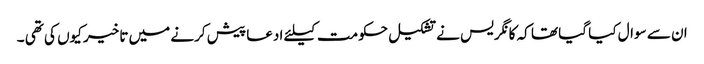
ان سے سوال کیا گیا تھا کہ کانگریس نے تشکیل حکومت کیلئے ادعا پیش کرنے میں تاخیر کیوں کی تھی ۔